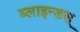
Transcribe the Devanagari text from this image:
ब्लाइन्डस्